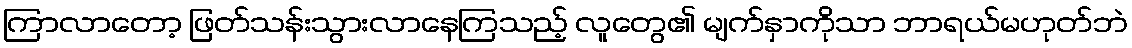
ကြာလာတော့ ဖြတ်သန်းသွားလာနေကြသည့် လူတွေ၏ မျက်နှာကိုသာ ဘာရယ်မဟုတ်ဘဲ